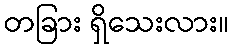
တခြား ရှိသေးလား။